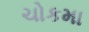
ચોકમા